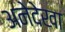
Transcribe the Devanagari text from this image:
अनेदेखा